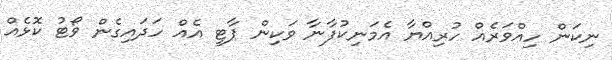
ނިކަން ހިއްވަރެއް ހުރިއްޔާ އެމަނިކުފާނާ ވަކިން ޕާޓީ އެއް ހަދައިގެން ވޯޓު ކޮޅެއް